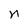
Character: n